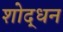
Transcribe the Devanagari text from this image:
शोद्धन